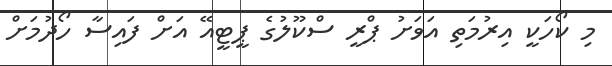
މި ކޯހަކީ އިރުމަތި އަވަށު ޕްރީ ސްކޫލުގެ ޕީޓީއޭ އަށް ފައިސާ ހޯދުމަށް